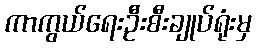
ကာကွယ်ရေးဦးစီးချုပ်ရုံးမှ